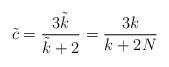
LaTeX: \begin{align*} \tilde{c}=\frac{3\tilde{k}}{\tilde{k}+2} = \frac{3k}{k+2N}\end{align*}